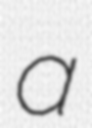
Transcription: a